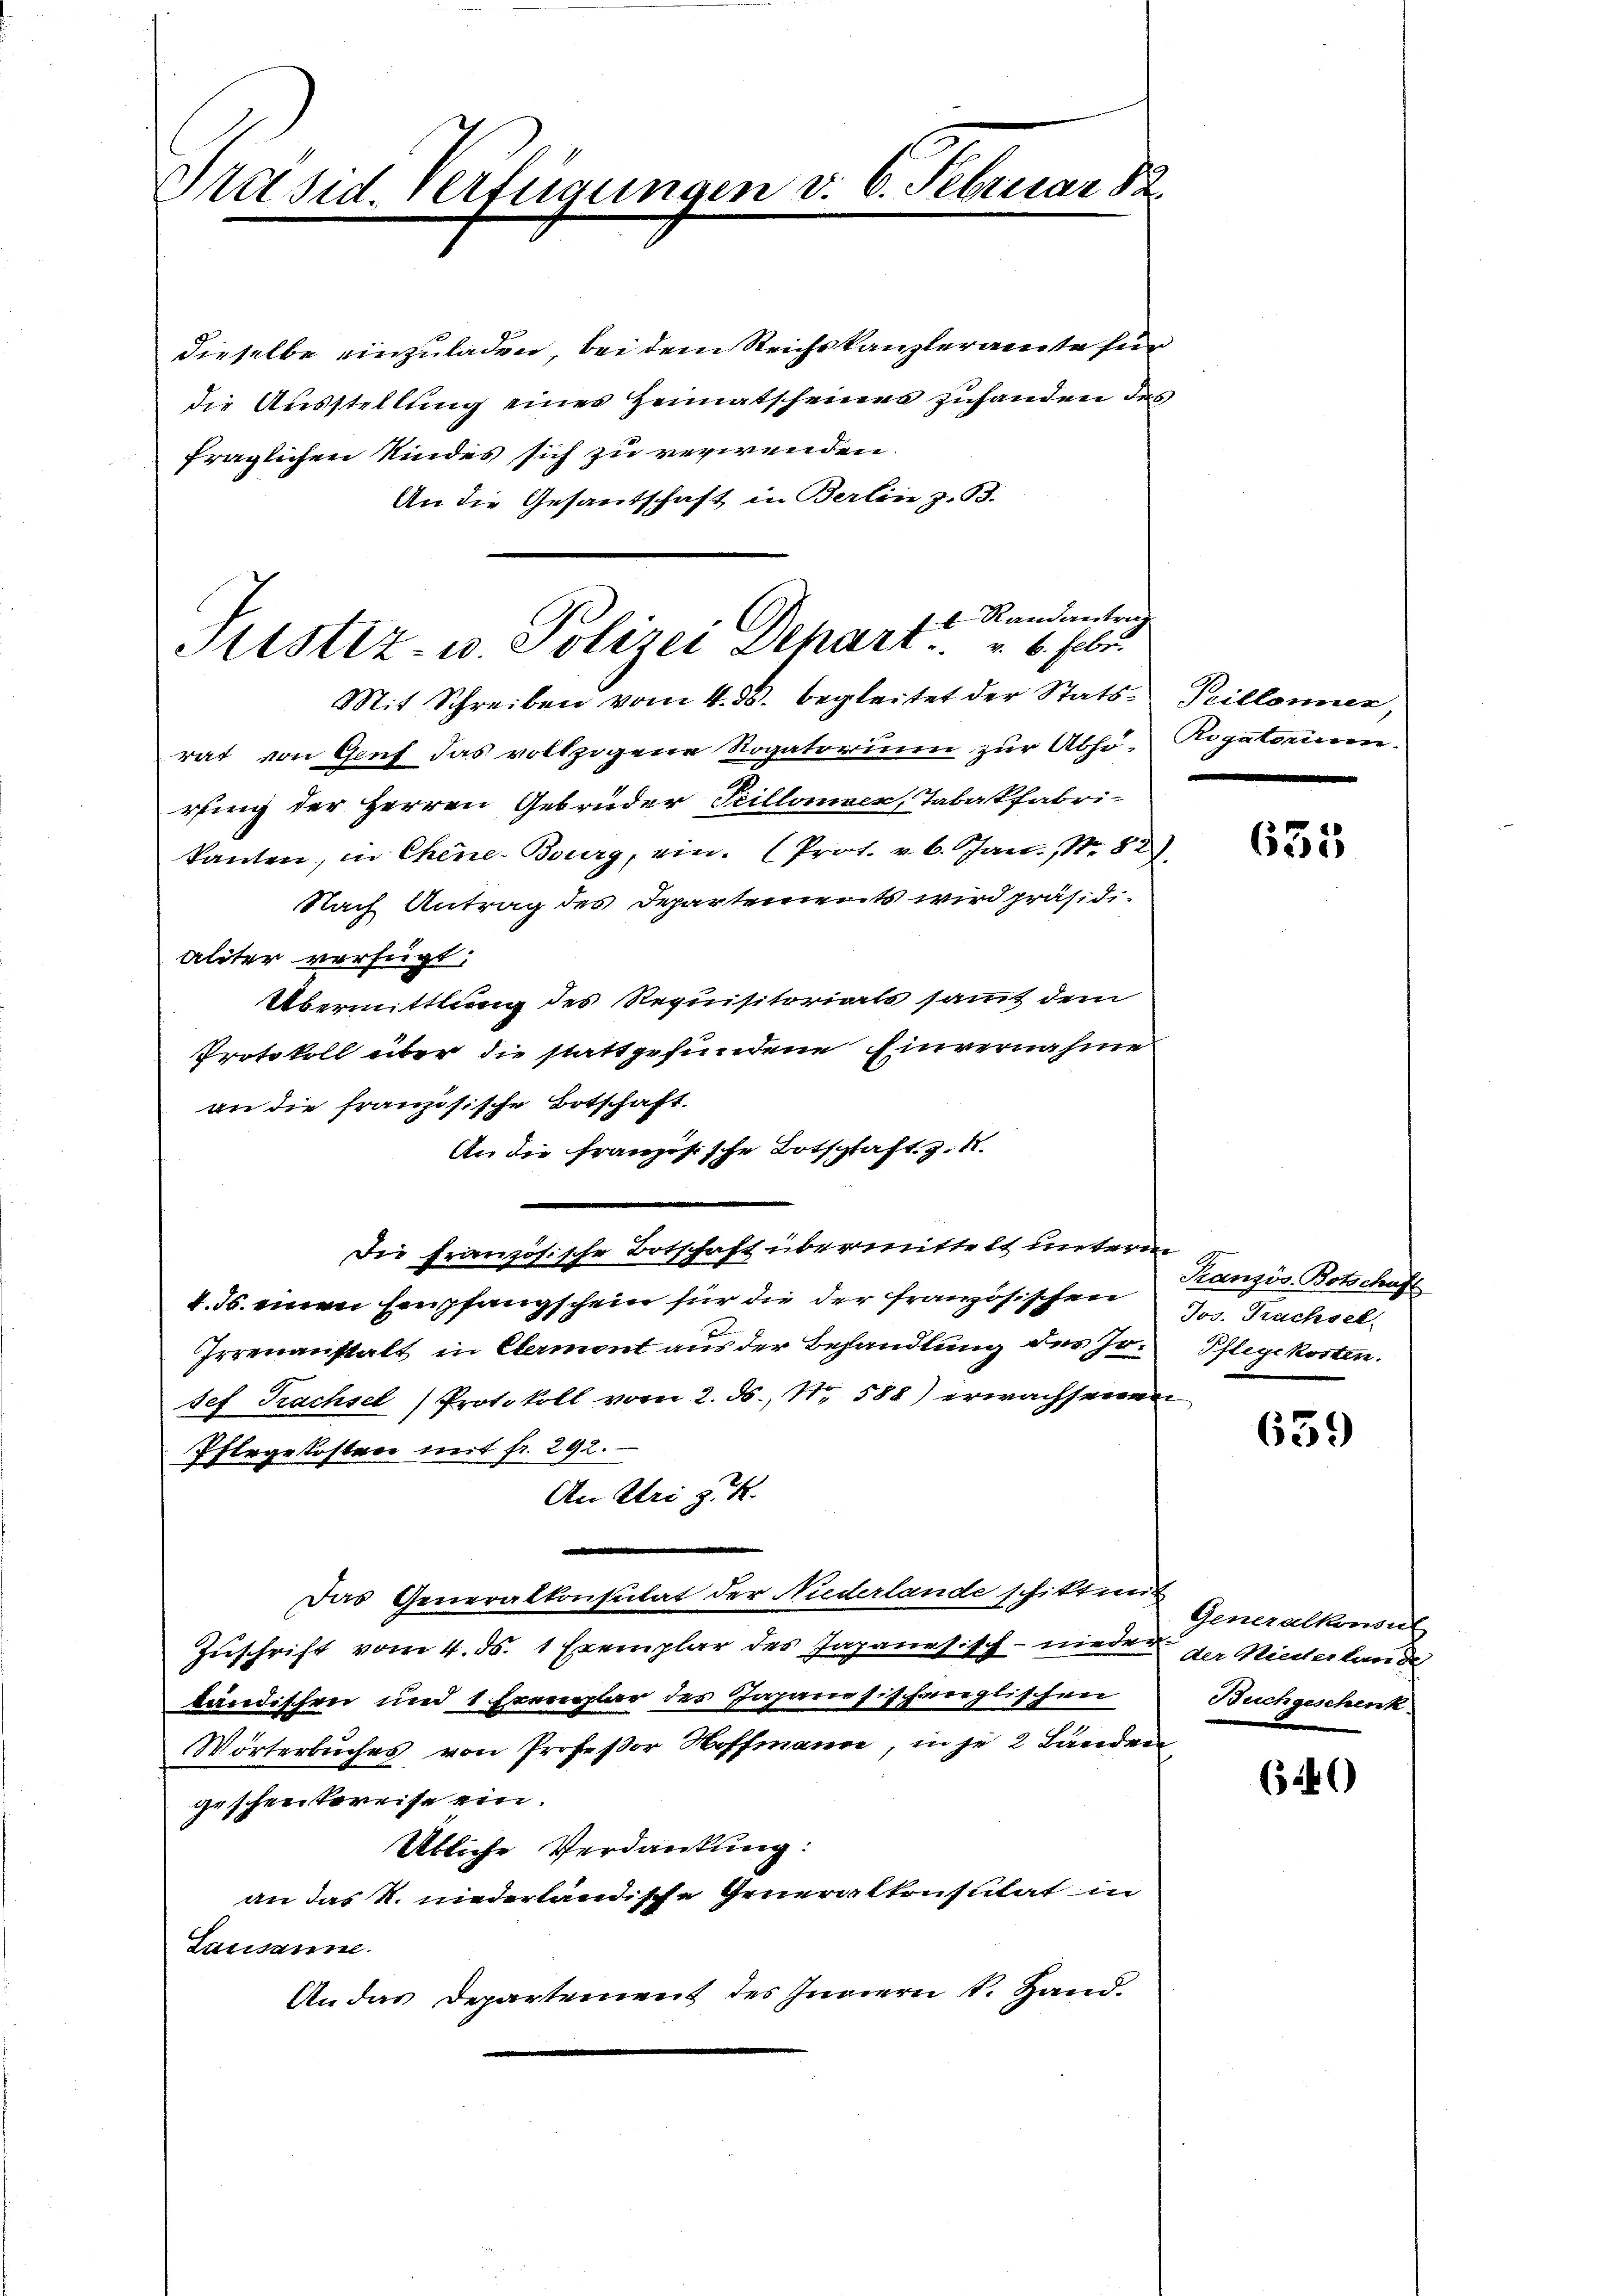
Präsid. Verfügungen v. 6. Februar d

dieselbe einzuladen, bei dem Reichskanzleramte für
die Ausstellung eines Heimatscheines zuhanden des
fraglichen Kindes sich zu verwenden.
An die Gesandschaft in Berlin z. B.

t Randantrag
Fristiz- u. Polizei Dehart . . . . . be

Mit Schreiben vom 4. ds. begleitet der Stats- Peillonner,
rat von Genf das vollzogene Rogatorium zur Abhö- Rogatorium.
rfing der Herren Gebrüder Teillonner, Tabakfabri-
kanten, in Chine-Bourg, ein. (Prot. v. 6. Jan., Nr. 82)
Nach Antrag des Departements wird präsidialiter verfügt:
Übermittlung des Requisitorials sammt dem
Protokoll über die stattgefundene Einvernahme
an die französische Botschaft.
An die französische Botschaft. Z. 1.
Die französische Botschaft übermittelt unterm
1. ds. einen Empfangschein für die der französischen
Irrenanstalt in Elermont aus der Behandlung des Josef Prachsel) Protokoll vom 2. ds., N. 588) erwachsenen
Ifergekosten mit fr. 292.
An Uri s. R.
Das Generalkonsulat der Niederlande schikt mit
Zuschrift vom 4. ds. 1 Exemplar des Japanesisch - nieden der Niederlande
bändischen und 1 Exemplar des Japanesischenglischen
Wörterbuches von Professor Hoffmann, in je 2 Bänden
geschen bereise ein.
Übliche Verdankung:
an das k. niederländische Generalkonsulat in
Lausanne.
An das Departement des Innern v. Hand.

e

635

Kranzös. Botschaft
Jos. Prachsel-
Pflegekosten.

639

Generalkonsul
Buchgeschenk

640